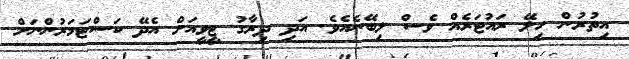
އިތުރުން ހިލޭ ރައުޓަރެއް ވެސް ލިބޭނެއެވެ. އަދި ދިރާގު ޓީވީއަށް އެދޭ ކަސްޓަމަރުންނަށް